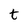
Character: t